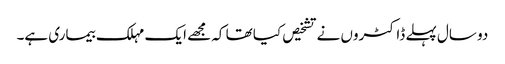
دو سال پہلے ڈاکٹروں نے تشخیص کیا تھا کہ مجھے ایک مہلک بیماری ہے۔